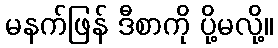
မနက်ဖြန် ဒီစာကို ပို့မလို့။